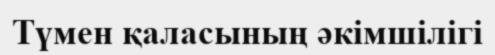
Түмен қаласының әкімшілігі